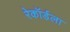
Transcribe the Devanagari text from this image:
रेकॉर्डला